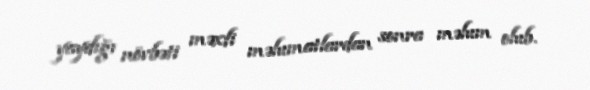
yaydığı növbəti məxfi məlumatlardan sonra məlum olub.